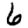
Digit: 6